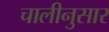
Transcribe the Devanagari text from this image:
चालीनुसार